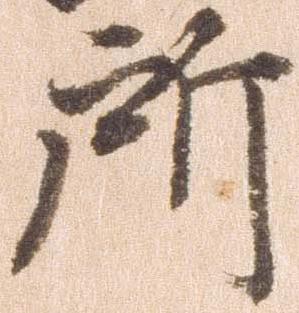
所